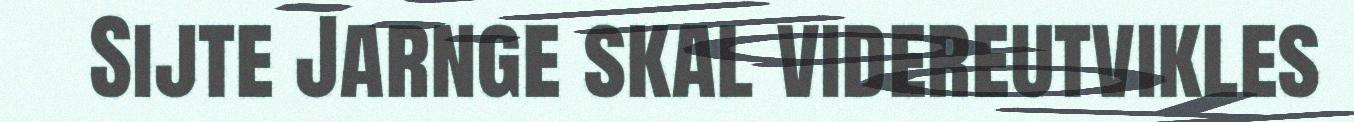
Sijte Jarnge skal videreutvikles